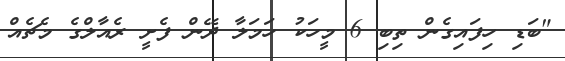
"ބަޑި ހިފައިގެން ތިބި 6 މީހަކު ހަމަލާ ދޭން ފެށީ ރެއާލްގެ މެޗެއް